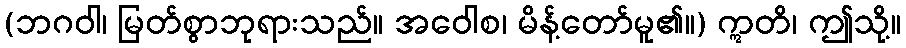
(ဘဂဝါ၊ မြတ်စွာဘုရားသည်။ အဝေါစ၊ မိန့်တော်မူ၏။) ဣတိ၊ ဤသို့။